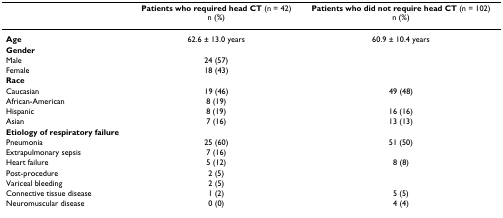
<table><thead><tr><td>[EMPTY_CELL]</td><td><b>Patients who required head CT (n = 42)n (%)</b></td><td><b>Patients who did not require head CT (n = 102)n (%)</b></td></tr></thead><tbody><tr><td><b>Age</b></td><td>62.6 ± 13.0 years</td><td>60.9 ± 10.4 years</td></tr><tr><td><b>Gender</b></td><td>[EMPTY_CELL]</td><td>[EMPTY_CELL]</td></tr><tr><td>Male</td><td>24 (57)</td><td>[EMPTY_CELL]</td></tr><tr><td>Female</td><td>18 (43)</td><td>[EMPTY_CELL]</td></tr><tr><td><b>Race</b></td><td>[EMPTY_CELL]</td><td>[EMPTY_CELL]</td></tr><tr><td>Caucasian</td><td>19 (46)</td><td>49 (48)</td></tr><tr><td>African-American</td><td>8 (19)</td><td>[EMPTY_CELL]</td></tr><tr><td>Hispanic</td><td>8 (19)</td><td>16 (16)</td></tr><tr><td>Asian</td><td>7 (16)</td><td>13 (13)</td></tr><tr><td><b>Etiology of respiratory failure</b></td><td>[EMPTY_CELL]</td><td>[EMPTY_CELL]</td></tr><tr><td>Pneumonia</td><td>25 (60)</td><td>51 (50)</td></tr><tr><td>Extrapulmonary sepsis</td><td>7 (16)</td><td>[EMPTY_CELL]</td></tr><tr><td>Heart failure</td><td>5 (12)</td><td>8 (8)</td></tr><tr><td>Post-procedure</td><td>2 (5)</td><td>[EMPTY_CELL]</td></tr><tr><td>Variceal bleeding</td><td>2 (5)</td><td>[EMPTY_CELL]</td></tr><tr><td>Connective tissue disease</td><td>1 (2)</td><td>5 (5)</td></tr><tr><td>Neuromuscular disease</td><td>0 (0)</td><td>4 (4)</td></tr></tbody></table>